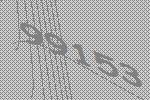
99153